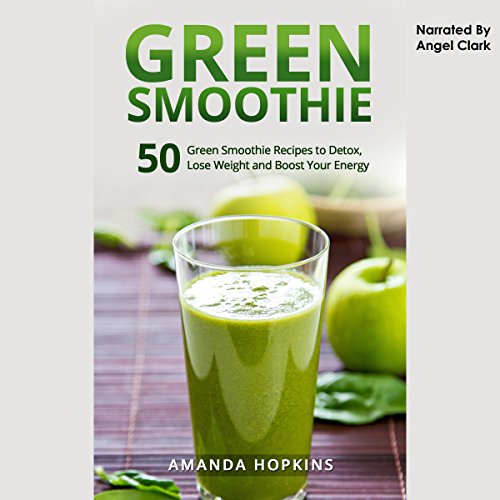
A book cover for Green Smoothie: 50 Green Smoothie Recipes to Detox, Lose Weight, and Boost Your Energy: Lose Weight and Stay Fit, Book 4; Amanda Hopkins; Health, Fitness & Dieting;